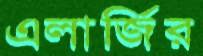
এলার্জির